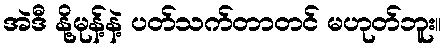
အဲဒီ နို့မုန့်နဲ့ ပတ်သက်တာတင် မဟုတ်ဘူး။